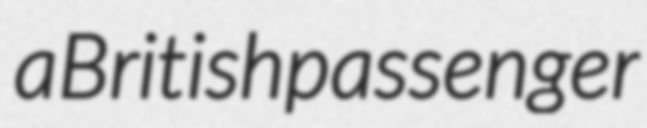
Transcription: a British passenger